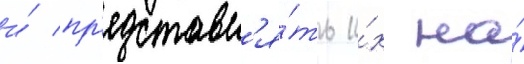
и́ пр'едставл'я́ть и́х на́